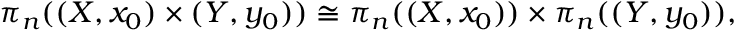
\pi _ { n } ( ( X , x _ { 0 } ) \times ( Y , y _ { 0 } ) ) \cong \pi _ { n } ( ( X , x _ { 0 } ) ) \times \pi _ { n } ( ( Y , y _ { 0 } ) ) ,